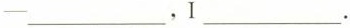
─___,I___.